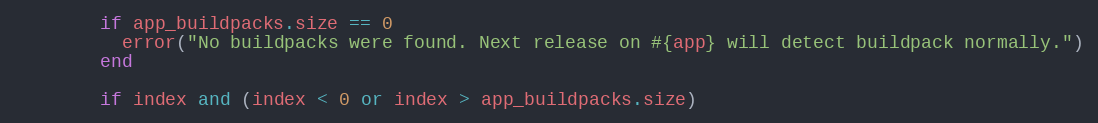
Language: Ruby
        if app_buildpacks.size == 0
          error("No buildpacks were found. Next release on #{app} will detect buildpack normally.")
        end

        if index and (index < 0 or index > app_buildpacks.size)